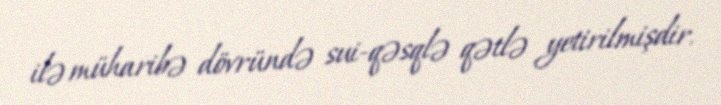
ilə müharibə dövründə sui-qəsqlə qətlə yetirilmişdir.